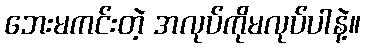
ဘေးမကင်းတဲ့ အလုပ်ကိုမလုပ်ပါနဲ့။